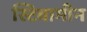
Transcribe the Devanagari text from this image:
स्टिवामीन